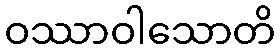
ဝဿာဝါသောတိ